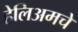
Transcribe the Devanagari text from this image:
हेलिअमचे